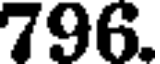
796.